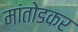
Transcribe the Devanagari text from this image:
मांतोडकर